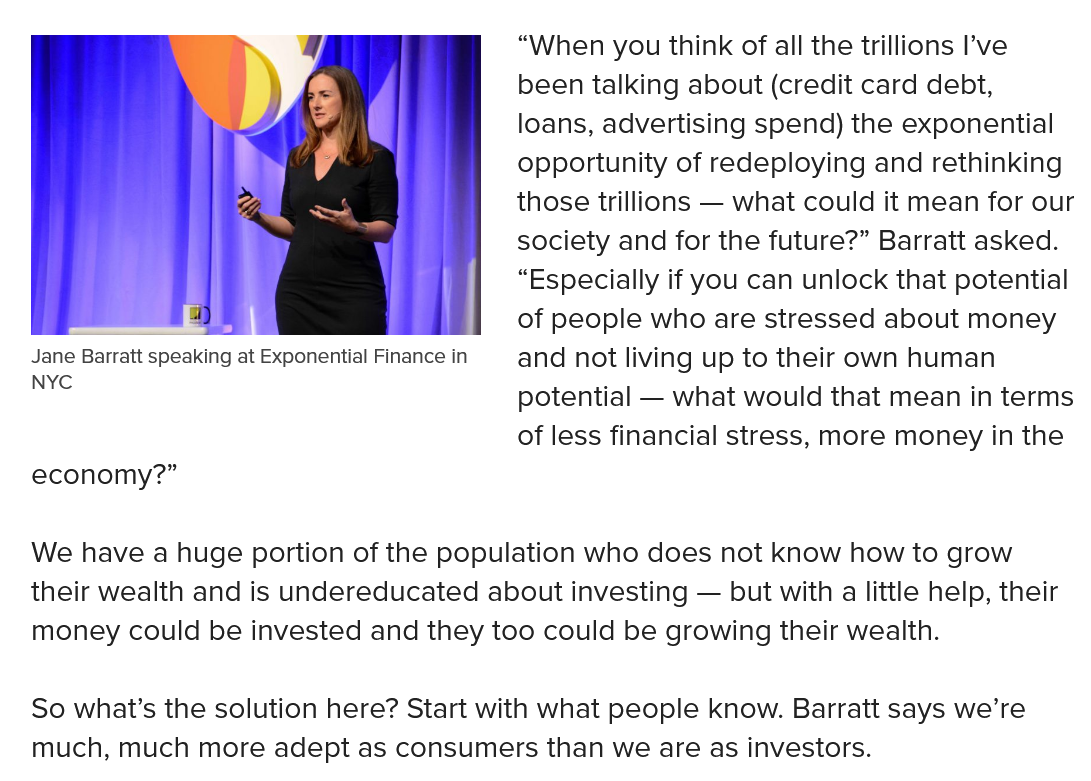
Jane Barratt speaking at Exponential Finance in
   NYC
   So what’s the solution here? Start with what people know. Barratt says we’re
   much, much more adept as consumers than we are as investors.
   We have a huge portion of the population who does not know how to grow
  their wealth and is undereducated about investing —
     but with a little help, their
   money could be invested and they too could be growing their wealth.
  i    Ow.    |
     a)
   Jane Barratt speaking at Exponential Finance in
   NYC
   economy?”
     “When you think of all the trillions I’ve
     been talking about (credit card debt,
     loans, advertising spend) the exponential
     opportunity of redeploying and rethinking
     those trillions
     —
     what could it mean for our
     society and for the future?” Barratt asked.
     “Especially if you can unlock that potential
     of people who are stressed about money
     and not living up to their own human
     potential —
     what would that mean in terms
     of less financial stress, more money in the